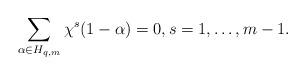
LaTeX: \begin{align*}\sum\limits_{\alpha\in H_{q,m}}\chi^s(1-\alpha)=0,s=1,\ldots,m-1.\end{align*}